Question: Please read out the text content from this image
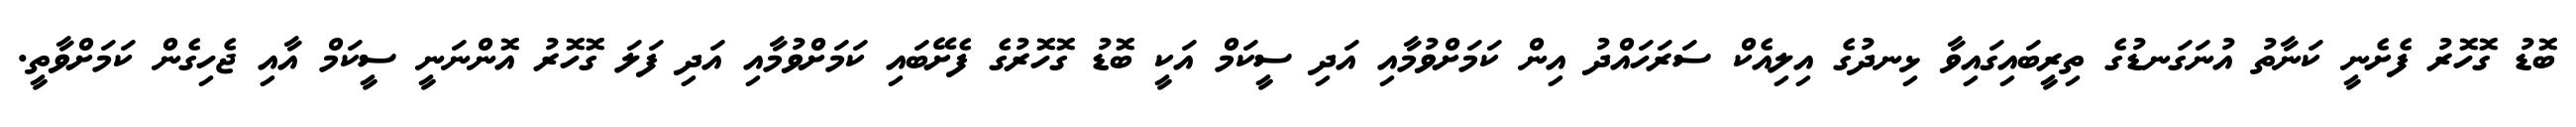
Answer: ބޮޑު ގޮހޮރު ފެށެނީ ކަނާތު އުނަގަނޑުގެ ތިރީބައިގައިވާ ޅިނދުގެ އިލިއެކް ސަރަހައްދު އިން ކަމަށްވުމާއި އަދި ސީކަމް އަކީ ބޮޑު ގޮހޮރުގެ ފެށޭބައި ކަމަށްވުމާއި އަދި ފަލަ ގޮހޮރު އޮންނަނީ ސީކަމް އާއި ޖެހިގެން ކަމަށްވާތީ.